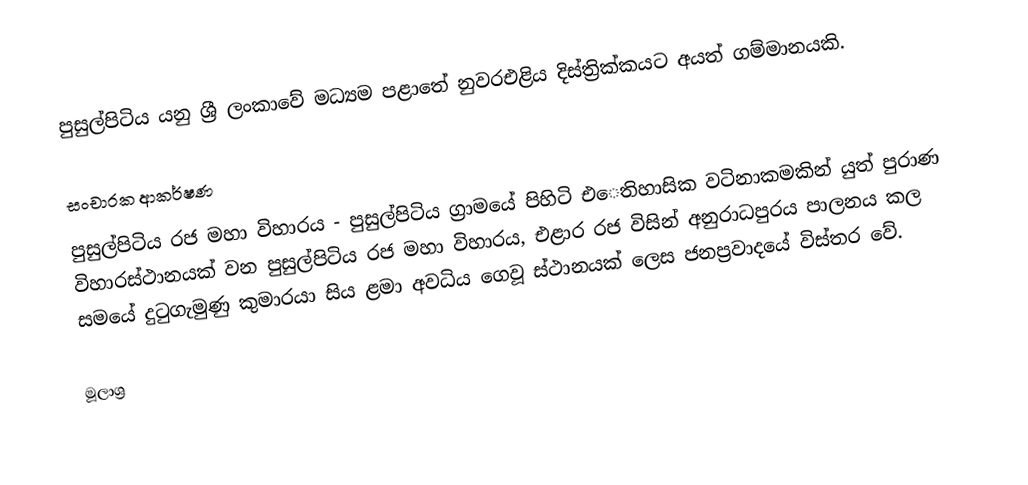
පුසුල්පිටිය යනු ශ්‍රී ලංකාවේ  මධ්‍යම පළාතේ නුවරඑළිය දිස්ත්‍රික්කයට අයත් ගම්මානයකි.

සංචාරක ආකර්ෂණ
පුසුල්පිටිය රජ මහා විහාරය - පුසුල්පිටිය ග්‍රාමයේ පිහිටි එෙතිහාසික වටිනාකමකින් යුත් පුරාණ විහාරස්ථානයක් වන පුසුල්පිටිය රජ මහා විහාරය, එළාර රජ විසින් අනුරාධපුරය පාලනය කල සමයේ දුටුගැමුණු කුමාරයා සිය ළමා අවධිය ගෙවූ ස්ථානයක් ලෙස ජනප්‍රවාදයේ විස්තර වේ.

මූලාශ්‍ර